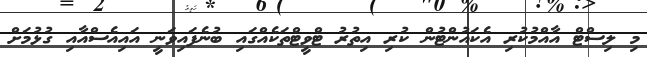
މި ލިސްޓް އާއްމުކުރިި އެކައުންޓުން ކުރި އިތުރު ޓްވީޓްތަކެއްގައި ބުނެފައިވަނީ އައިއެސްއާއި ގުޅުމަށް